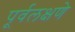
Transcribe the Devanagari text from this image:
पूर्वलक्षणे